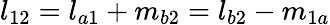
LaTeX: l_{12}=l_{a1}+m_{b2}=l_{b2}-m_{1a}